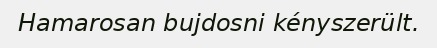
Hamarosan bujdosni kényszerült.